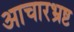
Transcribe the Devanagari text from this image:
आचारभ्रष्ट